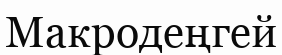
Макродеңгей